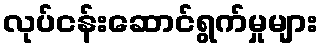
လုပ်ငန်းဆောင်ရွက်မှုများ